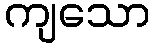
ကျသော